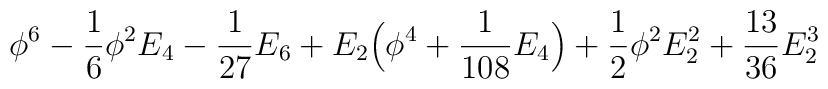
\phi^6 - {1\over6}\phi^2 E_4 - {1\over27}E_6          + E_2\Big(\phi^4 + {1\over108} E_4\Big)          + {1\over2}\phi^2 E_2^2 + {13\over36}E_2^3